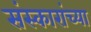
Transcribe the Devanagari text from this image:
संस्कारांच्या